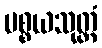
ပစ္စယသုတ္တံ